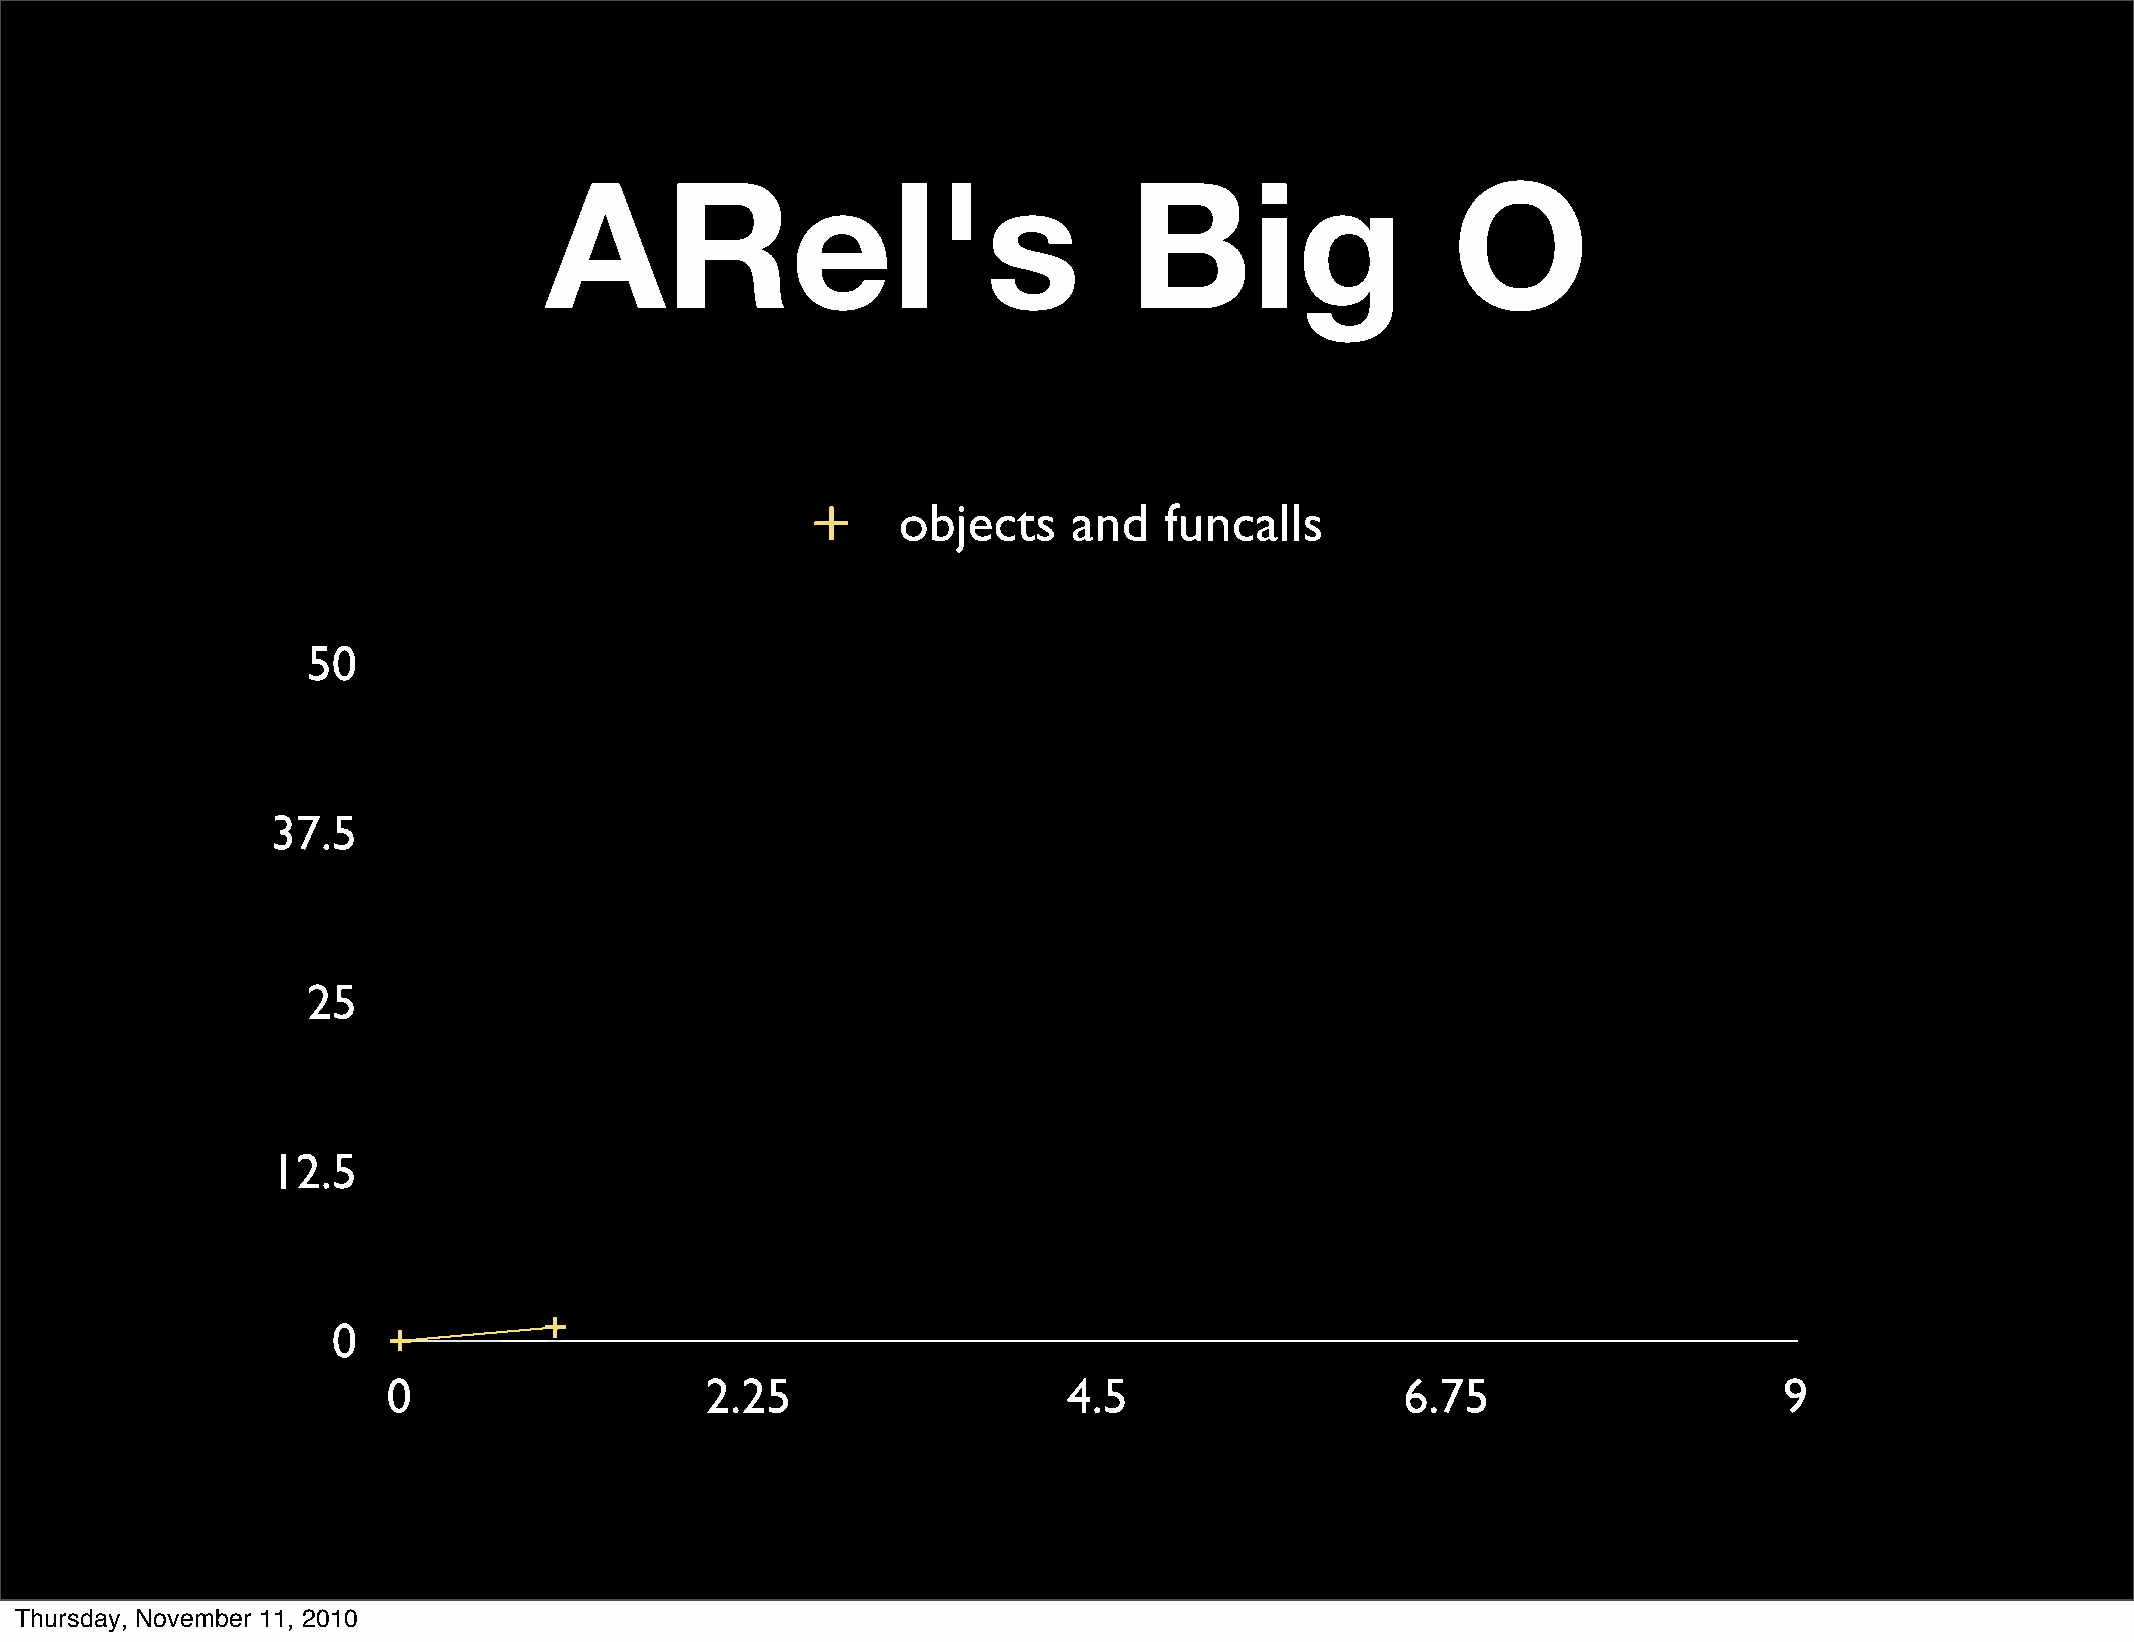
ARel's                                 Big                  O
 objects     and   funcalls
 50
 37.5
 25
 12.5
 0
 0                    2.25                    4.5                   6.75                     9
 Thursday, November 11, 2010